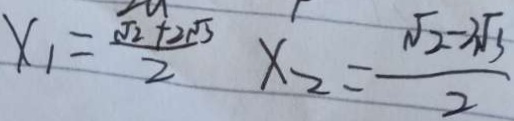
x _ { 1 } = \frac { \sqrt { 2 } + 2 \sqrt { 3 } } { 2 } x _ { 2 } = \frac { \sqrt { 2 } - 2 \sqrt { 3 } } { 2 }